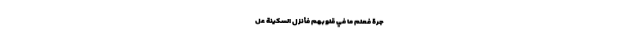
َّجَرَةِ فَعَلِمَ مَا فِي قُلُوبِهِمْ فَأَنْزَلَ السَّكِينَةَ عَل